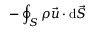
- \oint _ { S } \rho { \vec { u } } \cdot \mathrm { d } { \vec { S } }